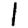
Digit: 1